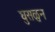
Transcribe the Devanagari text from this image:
घुसळुन